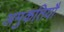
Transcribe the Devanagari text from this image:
अमुकतियौ